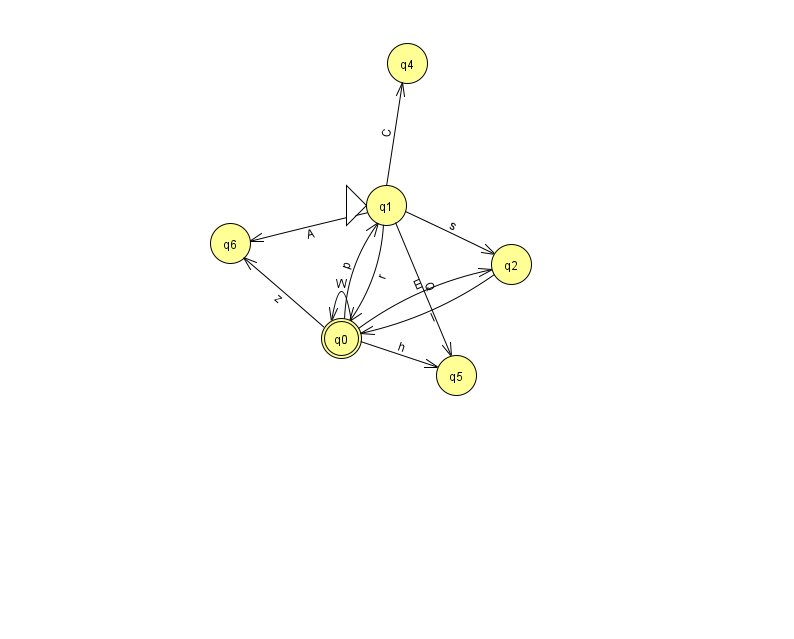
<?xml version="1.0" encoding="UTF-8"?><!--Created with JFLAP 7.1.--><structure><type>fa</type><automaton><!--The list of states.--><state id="0" name="q0"><x>341.0</x><y>325.0</y><final/></state><state id="1" name="q1"><x>386.0</x><y>192.0</y><initial/></state><state id="2" name="q2"><x>511.0</x><y>251.0</y></state><state id="4" name="q4"><x>407.0</x><y>50.0</y></state><state id="5" name="q5"><x>456.0</x><y>362.0</y></state><state id="6" name="q6"><x>230.0</x><y>230.0</y></state><!--The list of transitions.--><transition><from>0</from><to>5</to><read>h</read></transition><transition><from>1</from><to>0</to><read>r</read></transition><transition><from>1</from><to>6</to><read>A</read></transition><transition><from>0</from><to>1</to><read>p</read></transition><transition><from>2</from><to>0</to><read>l</read></transition><transition><from>0</from><to>0</to><read>W</read></transition><transition><from>1</from><to>4</to><read>C</read></transition><transition><from>0</from><to>6</to><read>z</read></transition><transition><from>1</from><to>5</to><read>Q</read></transition><transition><from>0</from><to>2</to><read>E</read></transition><transition><from>1</from><to>2</to><read>s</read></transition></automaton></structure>